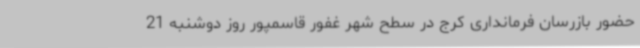
حضور بازرسان فرمانداری کرج در سطح شهر غفور قاسمپور روز دوشنبه 21